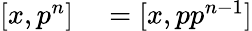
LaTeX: \begin{array}{rl}{[x,p^{n}]}&{{}=[x,pp^{n-1}]}\end{array}